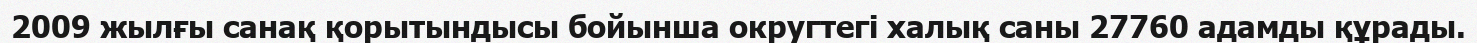
2009 жылғы санақ қорытындысы бойынша округтегі халық саны 27760 адамды құрады.